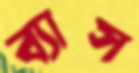
ব্যাস